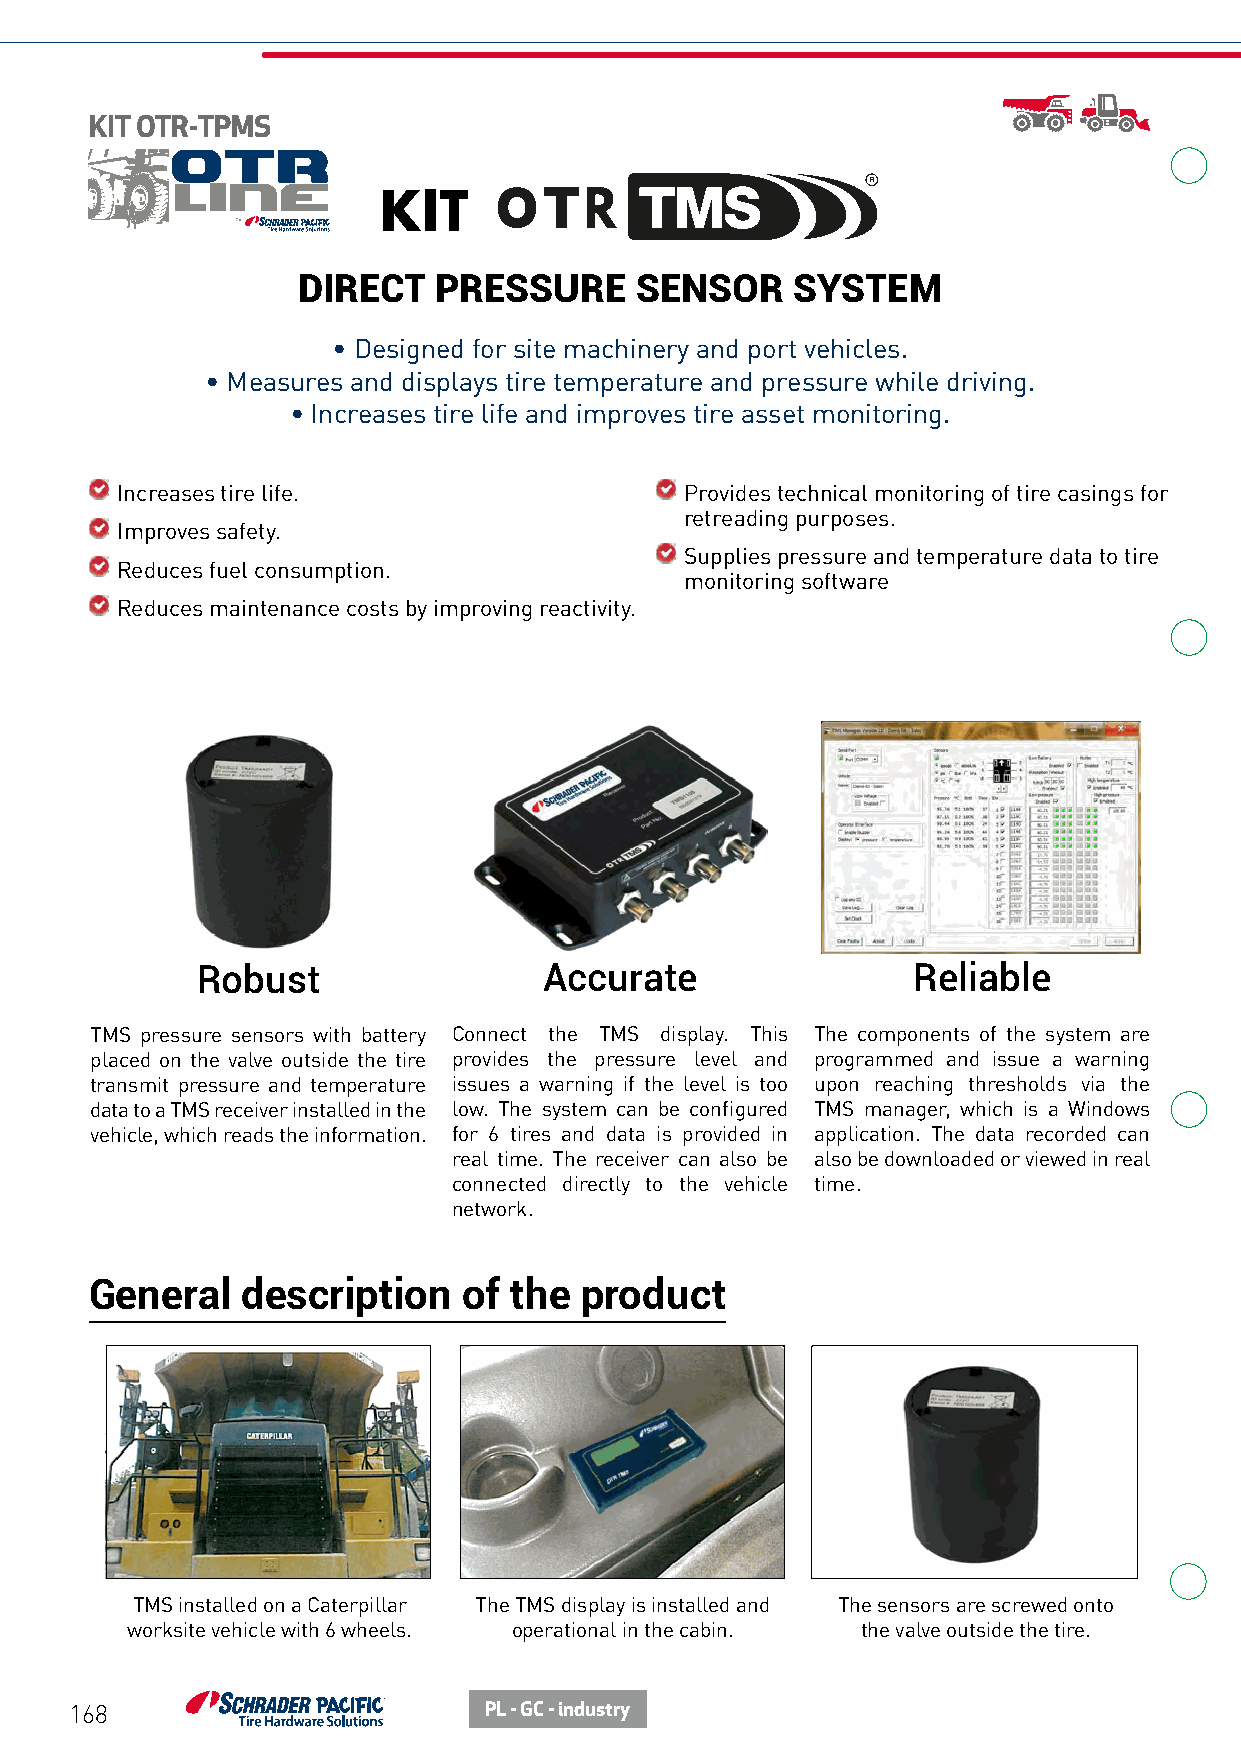
KIT OTR-TPMS
 KIT
 DIRECT   PRESSURE     SENSOR     SYSTEM
 • Designed for site machinery and port vehicles.
 • Measures and displays tire temperature and pressure while driving.
 • Increases tire life and improves tire asset monitoring.
 Increases tire life.                 Provides technical monitoring of tire casings for
 retreading purposes.
 Improves safety.
 Supplies pressure and temperature data to tire
 Reduces fuel consumption.
 monitoring software
 Reduces maintenance costs by improving reactivity.
 Robust                 Accurate                Reliable
 TMS pressure sensors with battery Connect the TMS display. This The components of the system are
 placed on the valve outside the tire provides the pressure level and programmed and issue a warning
 transmit pressure and temperature issues a warning if the level is too upon reaching thresholds via the
 data to a TMS receiver installed in the low. The system can be configured TMS manager, which is a Windows
 vehicle, which reads the information. for 6 tires and data is provided in application. The data recorded can
 real time. The receiver can also be also be downloaded or viewed in real
 connected directly to the vehicle time.
 network.
 General   description    of the product
 TMS installed on a Caterpillar The TMS display is installed and The sensors are screwed onto
 worksite vehicle with 6 wheels. operational in the cabin. the valve outside the tire.
 168                        PL - GC - industry